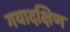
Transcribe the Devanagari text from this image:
गयादक्षिण